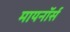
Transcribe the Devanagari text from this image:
मायनॉर्स